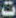
ت